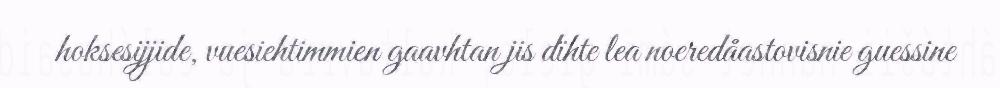
hoksesijjide, vuesiehtimmien gaavhtan jis dïhte lea noeredåastovisnie guessine